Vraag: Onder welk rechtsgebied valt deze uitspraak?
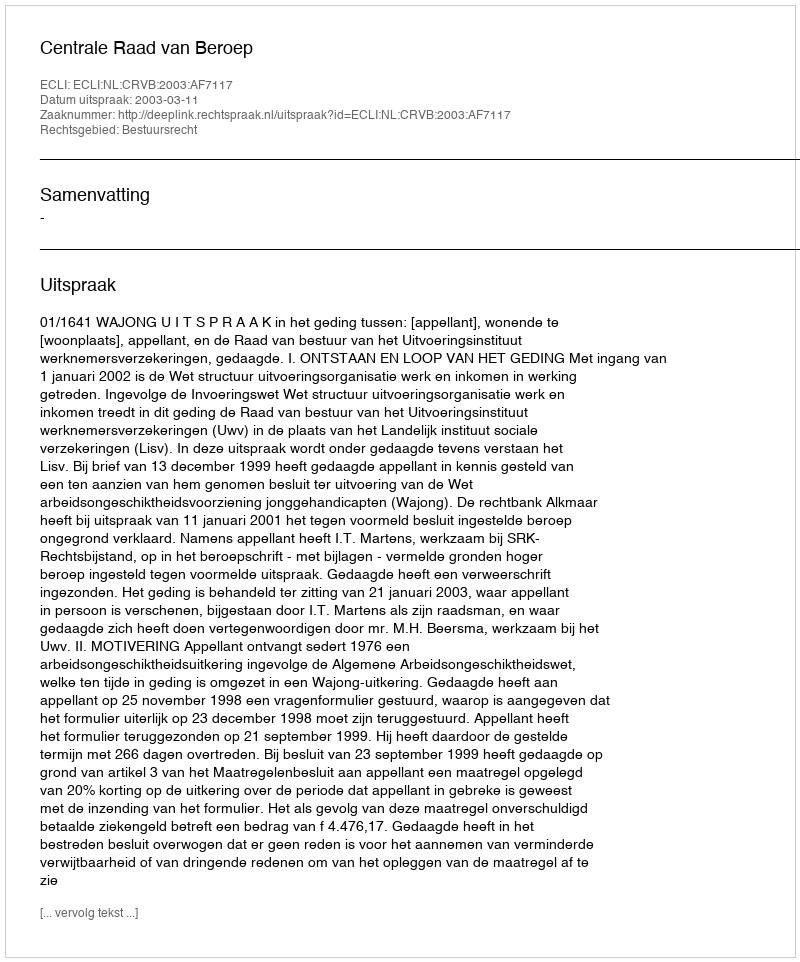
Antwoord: Bestuursrecht